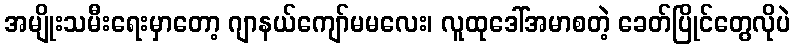
အမျိုးသမီးရေးမှာတော့ ဂျာနယ်ကျော်မမလေး၊ လူထုဒေါ်အမာစတဲ့ ခေတ်ပြိုင်တွေလိုပဲ